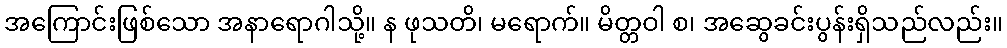
အကြောင်းဖြစ်သော အနာရောဂါသို့။ န ဖုသတိ၊ မရောက်။ မိတ္တဝါ စ၊ အဆွေခင်းပွန်းရှိသည်လည်း။